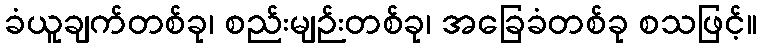
ခံယူချက်တစ်ခု၊ စည်းမျဉ်းတစ်ခု၊ အခြေခံတစ်ခု စသဖြင့်။